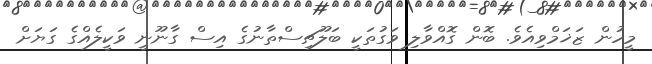
މީހުން ޒަޚަމްވިއެވެ. ބޮން ގޮއްވާލި ވަގުތަކީ ބަލޫޗިސްތާނުގެ އިސް ގާނޫނީ ވަކީލެއްގެ ގަޔަށް